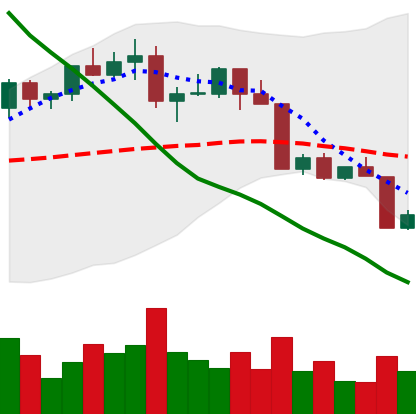
Ticker: LTC-USD
Chart end date: 2022-04-12
Forward return: 4.02%
Label: up_3_5